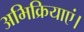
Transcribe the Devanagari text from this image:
अभिक्रियाएं।